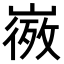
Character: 𭗒